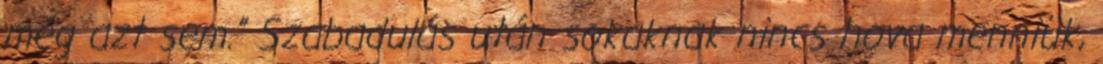
még azt sem.” Szabadulás után sokaknak nincs hova menniük,